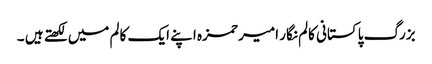
بزرگ پاکستانی کالم نگار امیر حمزہ اپنے ایک کالم میں لکھتے ہیں ۔